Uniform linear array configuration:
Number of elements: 16
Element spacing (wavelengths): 0.5
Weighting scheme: blackman
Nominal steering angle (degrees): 15
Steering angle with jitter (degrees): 13.08
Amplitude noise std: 0.05
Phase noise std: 0.05

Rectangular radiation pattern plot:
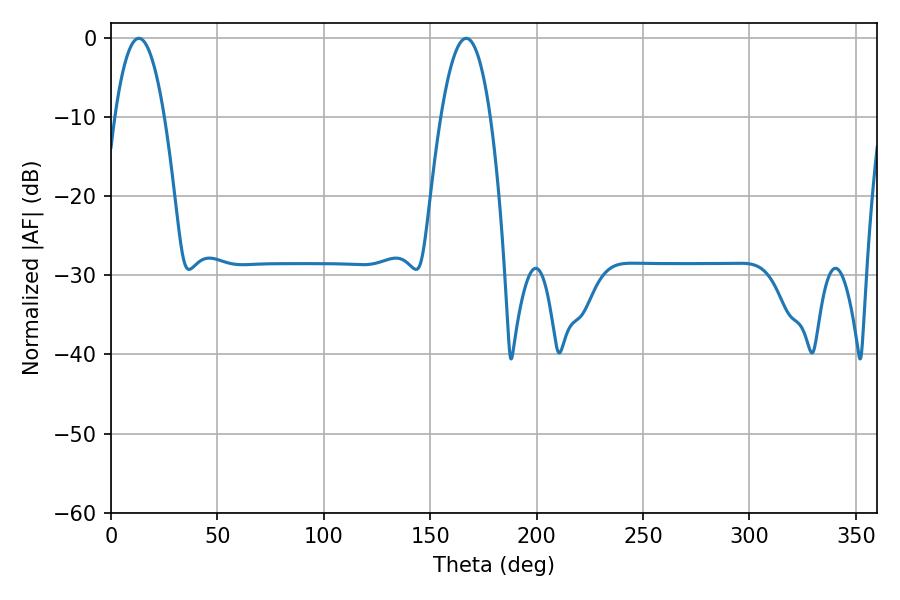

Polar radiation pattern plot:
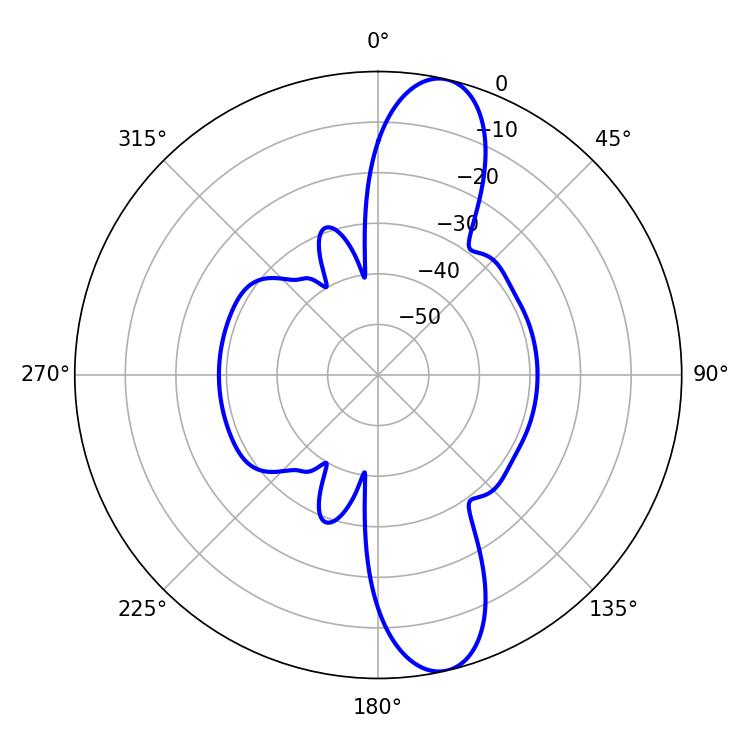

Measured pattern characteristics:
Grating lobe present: FALSE
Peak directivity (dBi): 12.59
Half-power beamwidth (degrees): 12.78
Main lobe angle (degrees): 13.14